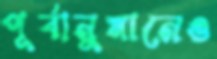
পূর্বানুমানেও